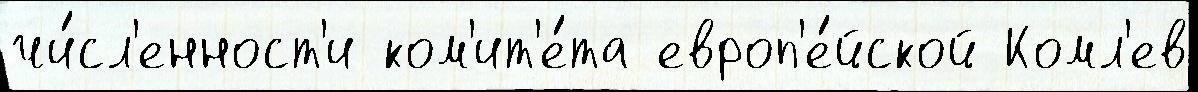
чи́сл'енност'и ком'ит'е́та европ'е́йской Комл'ев